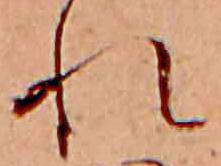
れ